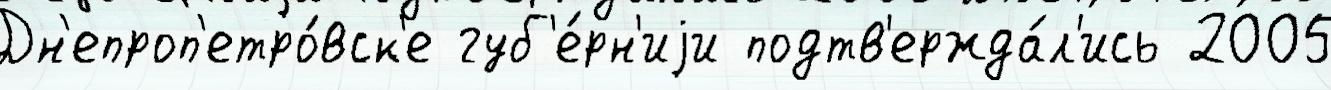
Дн'епроп'етро́вск'е губ'е́рн'иjи подтв'ержда́л'ись 2005